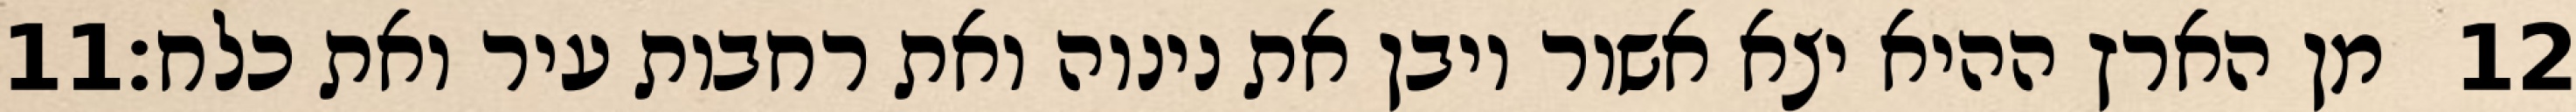
‎11‏ מן הארץ ההיא יצא אשור ויבן את נינוה ואת רחבות עיר ואת כלח׃ ‎12‏